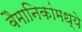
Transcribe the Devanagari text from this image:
वैमानिकांमध्ये